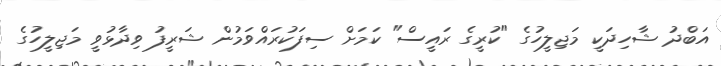
އަބްދު ޝާހިދަކީ މަޖިލީހުގެ "ކުރީގެ ރައީސް" ކަމަށް ސިފަކުރައްވަމުން ޝަރީފު ވިދާޅުވީ މަޖިލީހުގެ